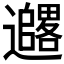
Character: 𫑓